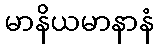
မာနိယမာနာနံ